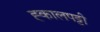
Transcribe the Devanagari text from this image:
ह्कालपट्टी